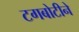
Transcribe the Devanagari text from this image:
टगबोटीने